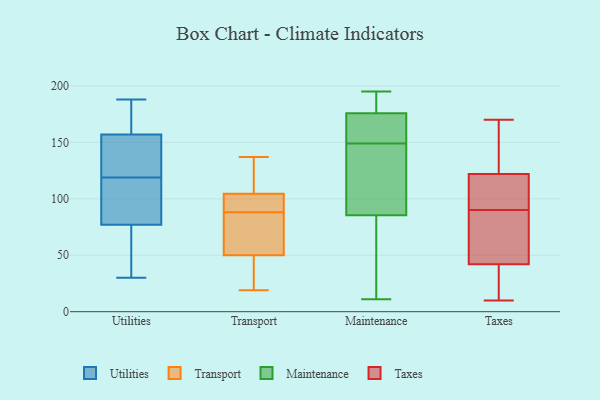
{"axis": {"x": "Bounce Rate (%)", "y": "Value"}, "legend": ["Maintenance", "Taxes", "Transport", "Utilities"], "data": [{"x": "", "y": 85, "type": "Utilities"}, {"x": "", "y": 110, "type": "Utilities"}, {"x": "", "y": 167, "type": "Utilities"}, {"x": "", "y": 157, "type": "Utilities"}, {"x": "", "y": 128, "type": "Utilities"}, {"x": "", "y": 154, "type": "Utilities"}, {"x": "", "y": 30, "type": "Utilities"}, {"x": "", "y": 69, "type": "Utilities"}, {"x": "", "y": 47, "type": "Utilities"}, {"x": "", "y": 157, "type": "Utilities"}, {"x": "", "y": 94, "type": "Utilities"}, {"x": "", "y": 188, "type": "Utilities"}, {"x": "", "y": 103, "type": "Transport"}, {"x": "", "y": 137, "type": "Transport"}, {"x": "", "y": 19, "type": "Transport"}, {"x": "", "y": 105, "type": "Transport"}, {"x": "", "y": 44, "type": "Transport"}, {"x": "", "y": 68, "type": "Transport"}, {"x": "", "y": 88, "type": "Transport"}, {"x": "", "y": 33, "type": "Transport"}, {"x": "", "y": 114, "type": "Transport"}, {"x": "", "y": 91, "type": "Transport"}, {"x": "", "y": 77, "type": "Transport"}, {"x": "", "y": 186, "type": "Maintenance"}, {"x": "", "y": 168, "type": "Maintenance"}, {"x": "", "y": 79, "type": "Maintenance"}, {"x": "", "y": 144, "type": "Maintenance"}, {"x": "", "y": 78, "type": "Maintenance"}, {"x": "", "y": 140, "type": "Maintenance"}, {"x": "", "y": 178, "type": "Maintenance"}, {"x": "", "y": 157, "type": "Maintenance"}, {"x": "", "y": 184, "type": "Maintenance"}, {"x": "", "y": 195, "type": "Maintenance"}, {"x": "", "y": 169, "type": "Maintenance"}, {"x": "", "y": 43, "type": "Maintenance"}, {"x": "", "y": 154, "type": "Maintenance"}, {"x": "", "y": 111, "type": "Maintenance"}, {"x": "", "y": 149, "type": "Maintenance"}, {"x": "", "y": 194, "type": "Maintenance"}, {"x": "", "y": 42, "type": "Maintenance"}, {"x": "", "y": 11, "type": "Maintenance"}, {"x": "", "y": 105, "type": "Maintenance"}, {"x": "", "y": 42, "type": "Taxes"}, {"x": "", "y": 14, "type": "Taxes"}, {"x": "", "y": 94, "type": "Taxes"}, {"x": "", "y": 37, "type": "Taxes"}, {"x": "", "y": 76, "type": "Taxes"}, {"x": "", "y": 139, "type": "Taxes"}, {"x": "", "y": 122, "type": "Taxes"}, {"x": "", "y": 112, "type": "Taxes"}, {"x": "", "y": 133, "type": "Taxes"}, {"x": "", "y": 69, "type": "Taxes"}, {"x": "", "y": 110, "type": "Taxes"}, {"x": "", "y": 95, "type": "Taxes"}, {"x": "", "y": 10, "type": "Taxes"}, {"x": "", "y": 16, "type": "Taxes"}, {"x": "", "y": 170, "type": "Taxes"}, {"x": "", "y": 71, "type": "Taxes"}, {"x": "", "y": 164, "type": "Taxes"}, {"x": "", "y": 86, "type": "Taxes"}]}